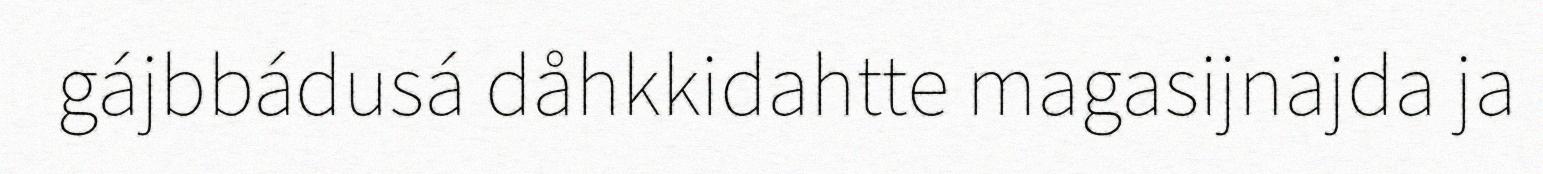
gájbbádusá dåhkkidahtte magasijnajda ja